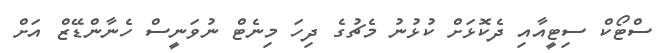
ސްޓޯކް ސިޓީއާއި ދެކޮޅަށް ކުޅުނު މެޗުގެ ދިހަ މިނެޓް ނުވަނީސް ހެނާންޑޭޒް އަށް